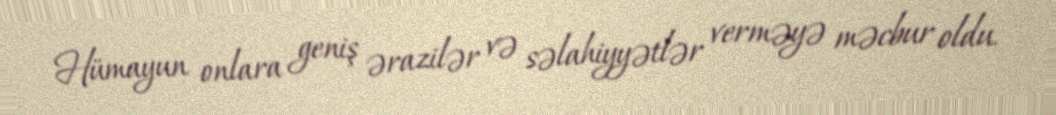
Hümayun onlara geniş ərazilər və səlahiyyətlər verməyə məcbur oldu.